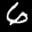
Label: 6